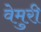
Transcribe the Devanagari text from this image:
वेमुरी